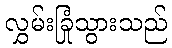
လွှမ်းခြုံသွားသည်